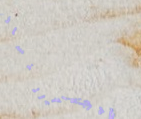
تصميم الأزياء النسائية وا